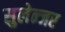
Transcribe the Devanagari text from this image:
सुलेन्जर